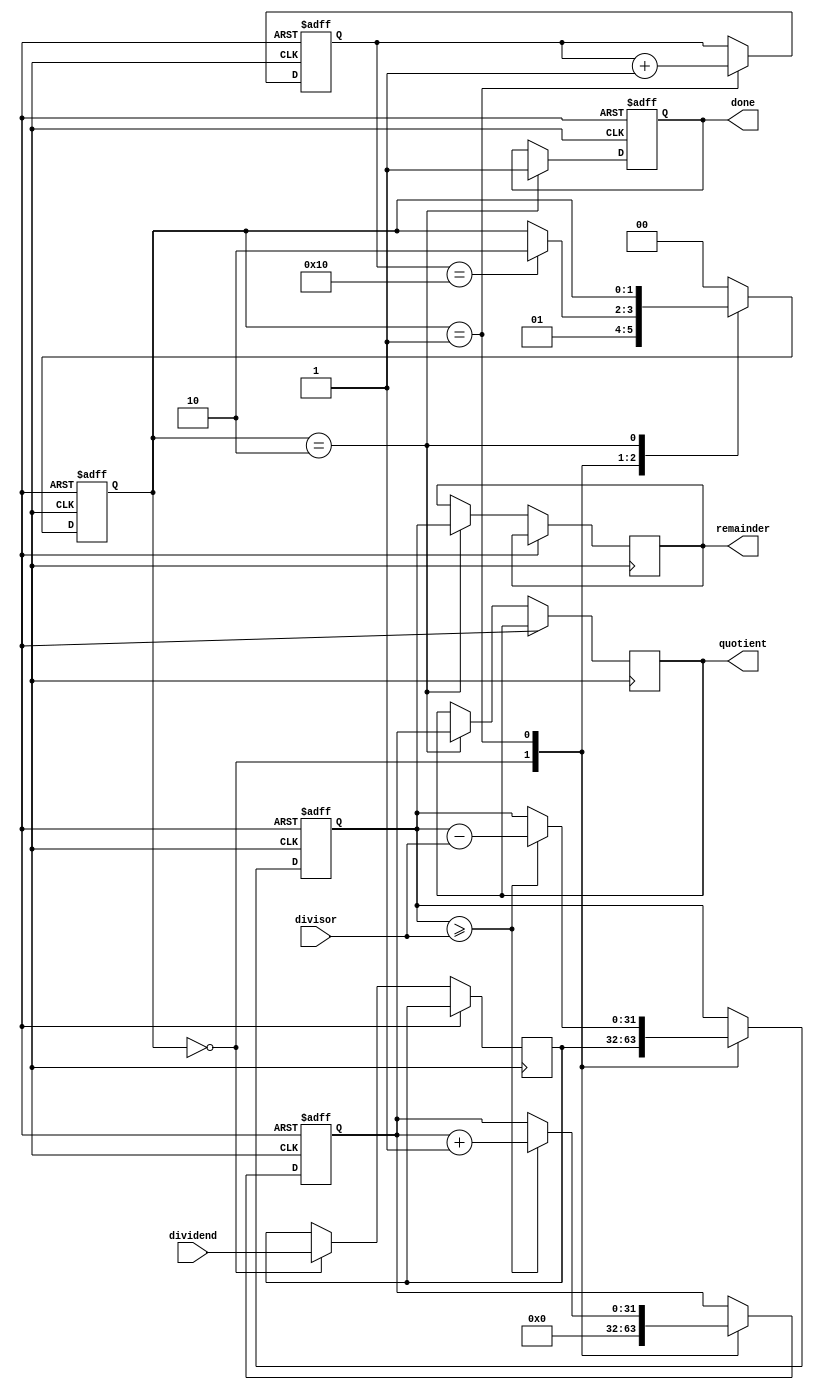
module Restoring_Divider (
    input [31:0] dividend,
    input [31:0] divisor,
    output reg [31:0] quotient,
    output reg [31:0] remainder,
    output reg done
);

reg [31:0] temp_dividend;
reg [31:0] temp_remainder;
reg [31:0] temp_quotient;
reg [4:0] count;
reg [1:0] state;

always @(posedge clk or posedge reset) begin
    if (reset)
        begin
            count <= 5'b0;
            state <= 2'b00;
            temp_remainder <= 32'd0;
            temp_quotient <= 32'd0;
            done <= 1'b0;
        end
    else begin
        case(state)
            2'b00: begin // Fetch Operands
                temp_dividend <= dividend;
                temp_remainder <= temp_dividend;
                temp_quotient <= 32'd0;
                state <= 2'b01;
            end
            
            2'b01: begin // Performing Calculations
                if (temp_remainder >= divisor) begin
                    temp_remainder <= temp_remainder - divisor;
                    temp_quotient <= temp_quotient + 1;
                end else begin
                    temp_remainder <= temp_remainder;
                end
                
                count <= count + 1;
                
                if (count == 5'b10000) begin
                    state <= 2'b10;
                end
            end
            
            2'b10: begin // Update Quotient and Remainder
                quotient <= temp_quotient;
                remainder <= temp_remainder;
                done <= 1'b1;
            end
              
            default: state <= 2'b00;
        endcase
    end
end

endmodule